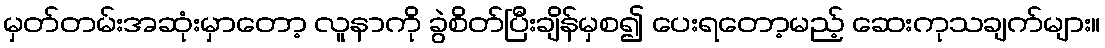
မှတ်တမ်းအဆုံးမှာတော့ လူနာကို ခွဲစိတ်ပြီးချိန်မှစ၍ ပေးရတော့မည့် ဆေးကုသချက်များ။